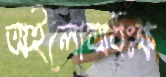
অইলোঅধঃক্ষ